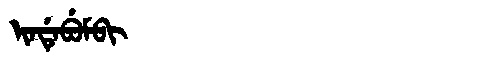
Manchu: ᡳᠨᡩᡝᠪᡠᠮᠪᡳ
Romanization: INDEBUMBI